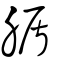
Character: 腯